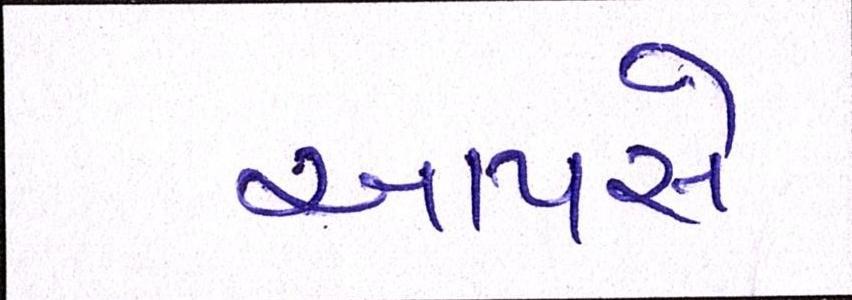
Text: આપસે